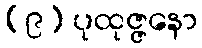
(၉) ပုထုဇ္ဇနော